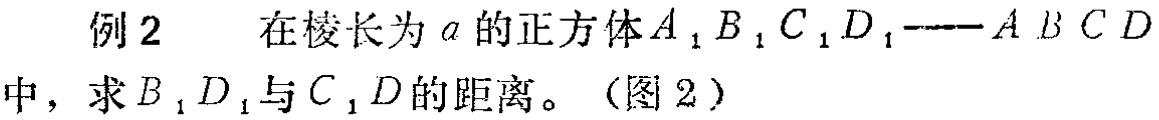
例2 在棱长为\(a\)的正方体\(A_{1}B_{1}C_{1}D_{1}-ABCD\)中，求\(B_{1}D_{1}\)与\(C_{1}D\)的距离。（图2）